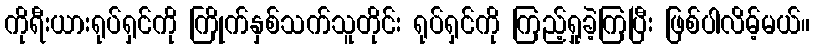
ကိုရီးယားရုပ်ရှင်ကို ကြိုက်နှစ်သက်သူတိုင်း ရုပ်ရှင်ကို ကြည့်ရှုခဲ့ကြပြီး ဖြစ်ပါလိမ့်မယ်။